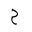
Letter: _ha